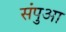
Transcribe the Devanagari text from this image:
संपुआ